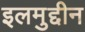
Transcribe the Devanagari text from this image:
इलमुद्दीन